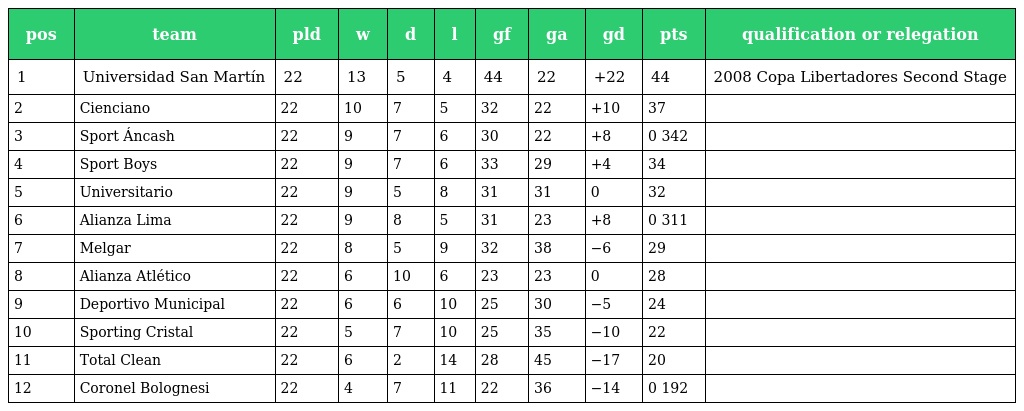
| pos | team | pld | w | d | l | gf | ga | gd | pts | qualification or relegation |
 | --- | --- | --- | --- | --- | --- | --- | --- | --- | --- | --- |
 | 1 | Universidad San Martín | 22 | 13 | 5 | 4 | 44 | 22 | +22 | 44 | 2008 Copa Libertadores Second Stage |
 | 2 | Cienciano | 22 | 10 | 7 | 5 | 32 | 22 | +10 | 37 |  |
 | 3 | Sport Áncash | 22 | 9 | 7 | 6 | 30 | 22 | +8 | 0 342 |  |
 | 4 | Sport Boys | 22 | 9 | 7 | 6 | 33 | 29 | +4 | 34 |  |
 | 5 | Universitario | 22 | 9 | 5 | 8 | 31 | 31 | 0 | 32 |  |
 | 6 | Alianza Lima | 22 | 9 | 8 | 5 | 31 | 23 | +8 | 0 311 |  |
 | 7 | Melgar | 22 | 8 | 5 | 9 | 32 | 38 | −6 | 29 |  |
 | 8 | Alianza Atlético | 22 | 6 | 10 | 6 | 23 | 23 | 0 | 28 |  |
 | 9 | Deportivo Municipal | 22 | 6 | 6 | 10 | 25 | 30 | −5 | 24 |  |
 | 10 | Sporting Cristal | 22 | 5 | 7 | 10 | 25 | 35 | −10 | 22 |  |
 | 11 | Total Clean | 22 | 6 | 2 | 14 | 28 | 45 | −17 | 20 |  |
 | 12 | Coronel Bolognesi | 22 | 4 | 7 | 11 | 22 | 36 | −14 | 0 192 |  |